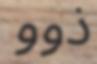
ذوو